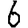
Digit: 6